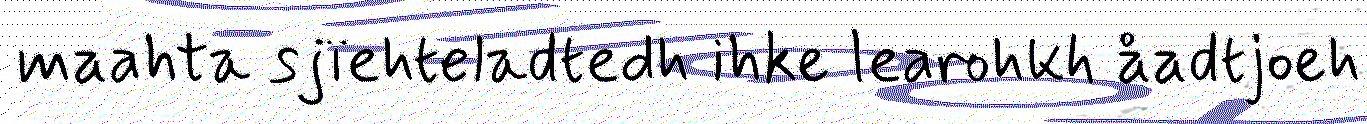
maahta sjïehteladtedh ihke learohkh åadtjoeh